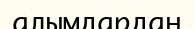
алымдардан